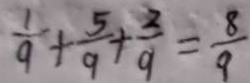
\frac { 1 } { 9 } + \frac { 5 } { 9 } + \frac { 2 } { 9 } = \frac { 8 } { 9 }